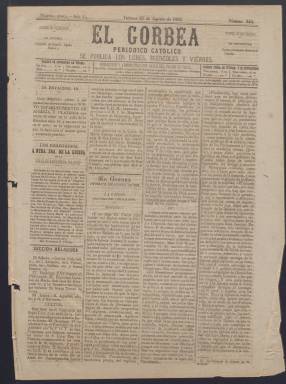
Título: El Gorbea (Vitoria)
Colección: Periódicos
Ámbito geográfico: Álava
Lugar de publicación: Vitoria
Fechas: 25/08/1882-28/05/1886